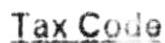
TAX CODE